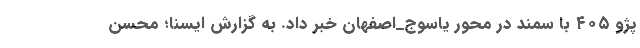
پژو ۴۰۵ با سمند در محور یاسوج_اصفهان خبر داد. به گزارش ایسنا؛ محسن